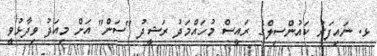
ޅ. ނައިފަރު ކައުންސިލްގެ ރައީސް މުހައްމަދު ރަޝީދު "ސަން" އަށް މިއަދު ވިދާޅުވީ